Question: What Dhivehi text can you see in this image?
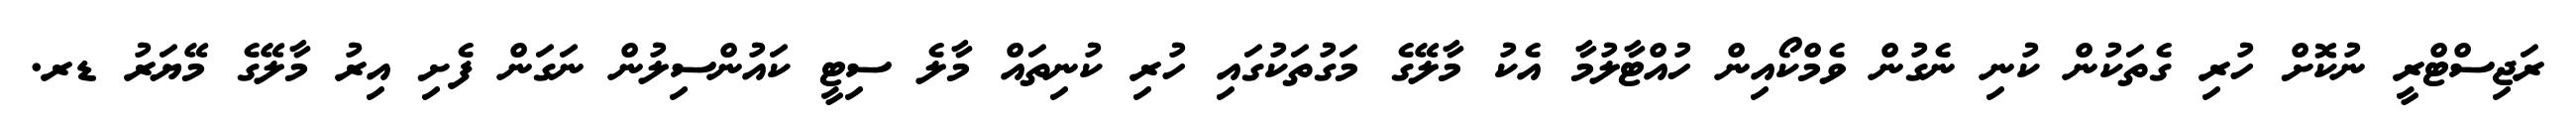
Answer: ރަޖިސްޓްރީ ނުކޮށް ހުރި ގެތަކުން ކުނި ނެގުން ވެމްކޯއިން ހުއްޓާލުމާ އެކު މާލޭގެ މަގުތަކުގައި ހުރި ކުނިތައް މާލެ ސިޓީ ކައުންސިލުން ނަގަން ފެށި އިރު މާލޭގެ މޭޔަރު ޑރ.